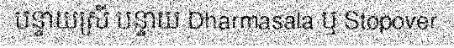
បន្ទាយស្រី បន្ទាយ Dharmasala ឬ Stopover